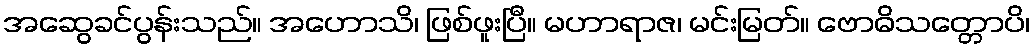
အဆွေခင်ပွန်းသည်။ အဟောသိ၊ ဖြစ်ဖူးပြီ။ မဟာရာဇ၊ မင်းမြတ်။ ဗောဓိသတ္တောပိ၊